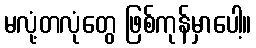
မလုံ့တလုံတွေ ဖြစ်ကုန်မှာပေါ့။